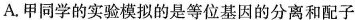
A.甲同学的实验模拟的是等位基因的分离和配子